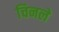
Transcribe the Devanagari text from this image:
चिनले